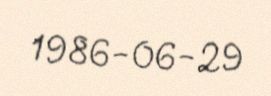
1986-06-29